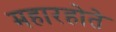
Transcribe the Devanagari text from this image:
महारहोते